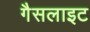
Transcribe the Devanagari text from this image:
गैसलाइट